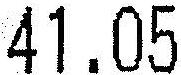
41.05